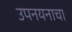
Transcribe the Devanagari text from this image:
उपनयनाचा